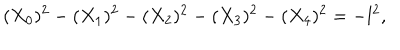
( X _ { 0 } ) ^ { 2 } - ( X _ { 1 } ) ^ { 2 } - ( X _ { 2 } ) ^ { 2 } - ( X _ { 3 } ) ^ { 2 } - ( X _ { 4 } ) ^ { 2 } = - l ^ { 2 } ,